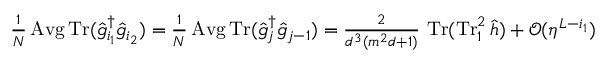
\textstyle \frac { 1 } { N } \operatorname { A v g } \operatorname { T r } ( \hat { g } _ { i _ { 1 } } ^ { \dag } \hat { g } _ { i _ { 2 } } ) = \frac { 1 } { N } \operatorname { A v g } \operatorname { T r } ( \hat { g } _ { j } ^ { \dag } \hat { g } _ { j - 1 } ) = \frac { 2 } { d ^ { 3 } ( m ^ { 2 } d + 1 ) } \, \operatorname { T r } ( \operatorname { T r } _ { 1 } ^ { 2 } \hat { h } ) + \mathcal { O } ( \eta ^ { L - i _ { 1 } } )